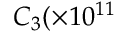
C _ { 3 } ( \times 1 0 ^ { 1 1 }